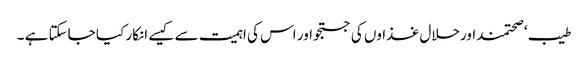
طیب ‘ صحتمنداورحلال غذاوں کی جستجو اور اس کی اہمیت سے کیسے انکار کیا جاسکتا ہے ۔